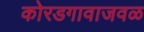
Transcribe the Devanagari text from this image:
कोरडगावाजवळ